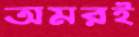
অমরই